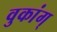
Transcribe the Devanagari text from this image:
वुकांग्